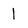
Character: 1